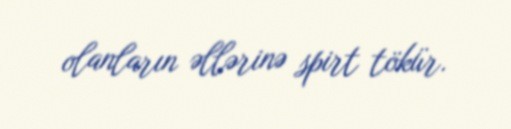
olanların əllərinə spirt tökür.